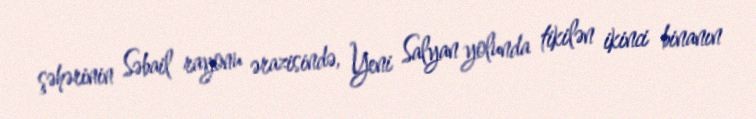
şəhərinin Səbail rayonu ərazisində, Yeni Salyan yolunda tikilən ikinci binanın